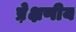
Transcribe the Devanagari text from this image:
प्रे़क्षणीय